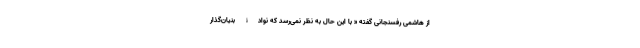
از هاشمی رفسنجانی گفته « با این حال به نظر نمی‌رسد که نوادۀ بنیان‌گذار